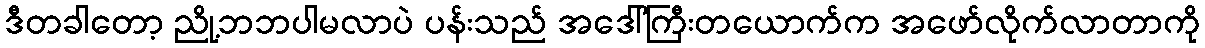
ဒီတခါတော့ ညို့ဘဘပါမလာပဲ ပန်းသည် အဒေါ်ကြီးတယောက်က အဖော်လိုက်လာတာကို